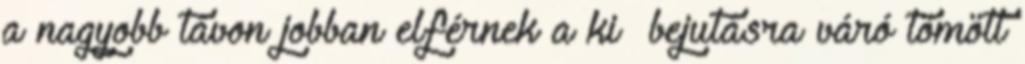
a nagyobb távon jobban elférnek a ki bejutásra váró tömött